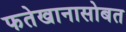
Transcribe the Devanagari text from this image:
फतेखानासोबत